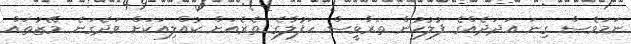
ނަމަވެސް ގިނަ އަދަދެއްގެ ފުލުހުން ތަރާވީސް ހަފުލާގެ ތެރެއަށް ކުއްލިއަކަށް ވަދެގަނެ މޭޒުތައް